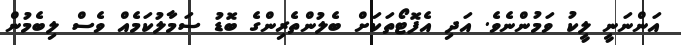
އަންނަނީ ލީކު ވަމުންނެވެ. އަދި އެފޮޓޯތަކަށް ބެލުންތެރިންގެ ބޮޑު ސަމާލުކަމެއް ވެސް ލިބެމުން